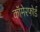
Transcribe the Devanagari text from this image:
कॉमेरफोर्ड